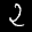
Label: 2